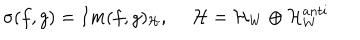
LaTeX: \sigma ( f , g ) = I m ( f , g ) _ { \cal H } , ~ ~ { \cal H } = { \cal H } _ { W } \oplus { \cal H } _ { W } ^ { a n t i }